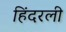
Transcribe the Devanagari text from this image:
हिंदरली